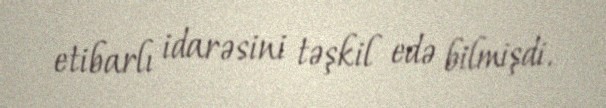
etibarlı idarəsini təşkil edə bilmişdi.